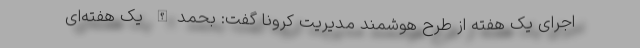
اجرای یک هفته از طرح هوشمند مدیریت کرونا گفت: بحمدالله یک هفته‌ای